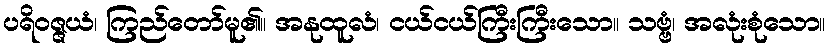
ပရိဝဇ္ဇယံ၊ ကြည်တော်မူ၏။ အနုထူလံ၊ ငယ်ငယ်ကြီးကြီးသော။ သဗ္ဗံ၊ အလုံးစုံသော။